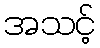
အသင့်